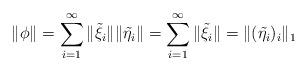
LaTeX: \begin{align*}\|\phi\|=\sum_{i=1}^{\infty}{\|\tilde{\xi_i}\|\|\tilde{\eta_i}\|}=\sum_{i=1}^{\infty}{\|\tilde{\xi_i}\|}=\|(\tilde{\eta_i})_i\|_1\end{align*}